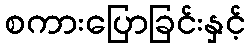
စကားပြောခြင်းနှင့်